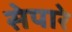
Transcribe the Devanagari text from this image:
सेपारे